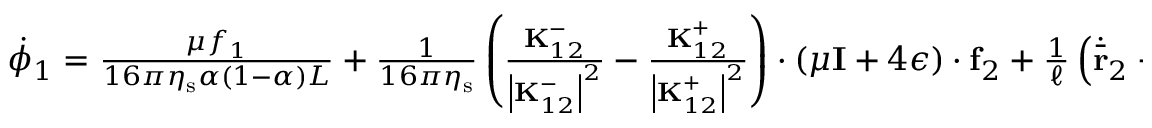
\begin{array} { r } { \dot { \phi } _ { 1 } = \frac { \mu f _ { 1 } } { 1 6 \pi \eta _ { \mathrm { s } } \alpha ( 1 - \alpha ) L } + \frac { 1 } { 1 6 \pi \eta _ { \mathrm { s } } } \left( \frac { \mathbf { K } _ { 1 2 } ^ { - } } { \left| \mathbf { K } _ { 1 2 } ^ { - } \right| ^ { 2 } } - \frac { \mathbf { K } _ { 1 2 } ^ { + } } { \left| \mathbf { K } _ { 1 2 } ^ { + } \right| ^ { 2 } } \right) \cdot \left( \mu \mathbf { I } + 4 \boldsymbol { \epsilon } \right) \cdot \mathbf { f } _ { 2 } + \frac { 1 } { \ell } \left( \dot { \bar { \mathbf { r } } } _ { 2 } - \dot { \bar { \mathbf { r } } } _ { 1 } \right) \cdot \boldsymbol { \epsilon } \cdot \hat { \mathbf { r } } _ { 2 1 } \, , } \end{array}